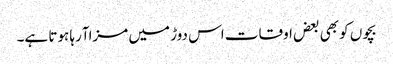
بچوں کو بھی بعض اوقات اس دوڑ میں مزاآرہا ہوتا ہے۔